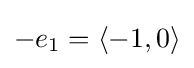
-e_{1}=\langle -1,0\rangle